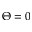
\Theta = 0